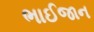
ભાઈજાન